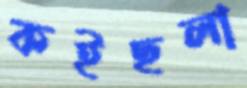
কইছলা